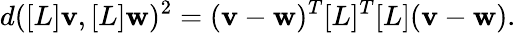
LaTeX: d([L]\mathbf{v},[L]\mathbf{w})^{2}=(\mathbf{v}-\mathbf{w})^{T}[L]^{T}[L](\mathbf{v}-\mathbf{w}).